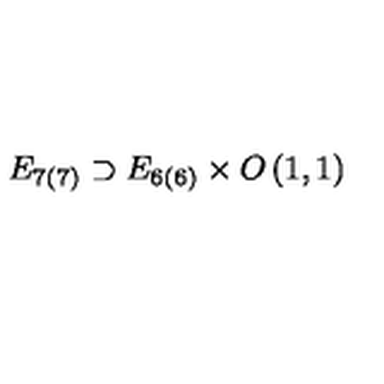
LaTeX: E _ { 7 ( 7 ) } \supset E _ { 6 ( 6 ) } \times O \left( 1 , 1 \right)